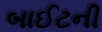
બાઈટની